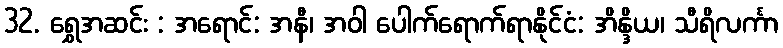
32. ရွှေအဆင်း : အရောင်: အနီ၊ အဝါ ပေါက်ရောက်ရာနိုင်ငံ: အိန္ဒိယ၊ သီရိလင်္ကာ